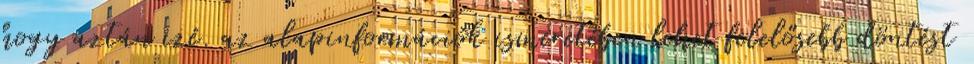
hogy aztán izé. az alapinformációk ismeretében lehet felelősebb döntést